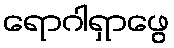
ရောဂါရှာဖွေ